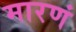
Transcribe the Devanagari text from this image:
मारणं